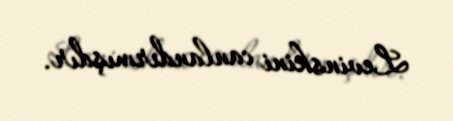
Levinskini canlandırmışdır.